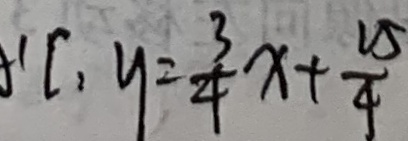
C _ { 1 } y = \frac { 3 } { 4 } x + \frac { 1 5 } { 4 }